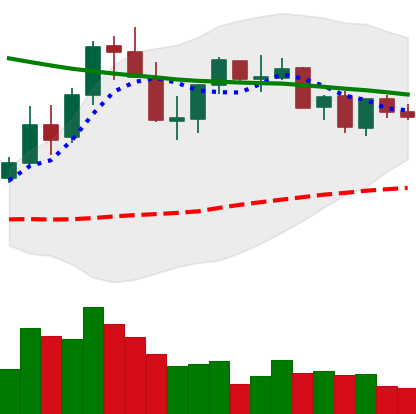
Ticker: XLM-USD
Chart end date: 2021-08-29
Forward return: 7.32%
Label: up_7plus